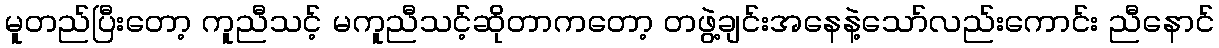
မူတည်ပြီးတော့ ကူညီသင့် မကူညီသင့်ဆိုတာကတော့ တဖွဲ့ချင်းအနေနဲ့သော်လည်းကောင်း ညီနောင်